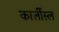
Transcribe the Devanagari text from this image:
कार्लीस्ल